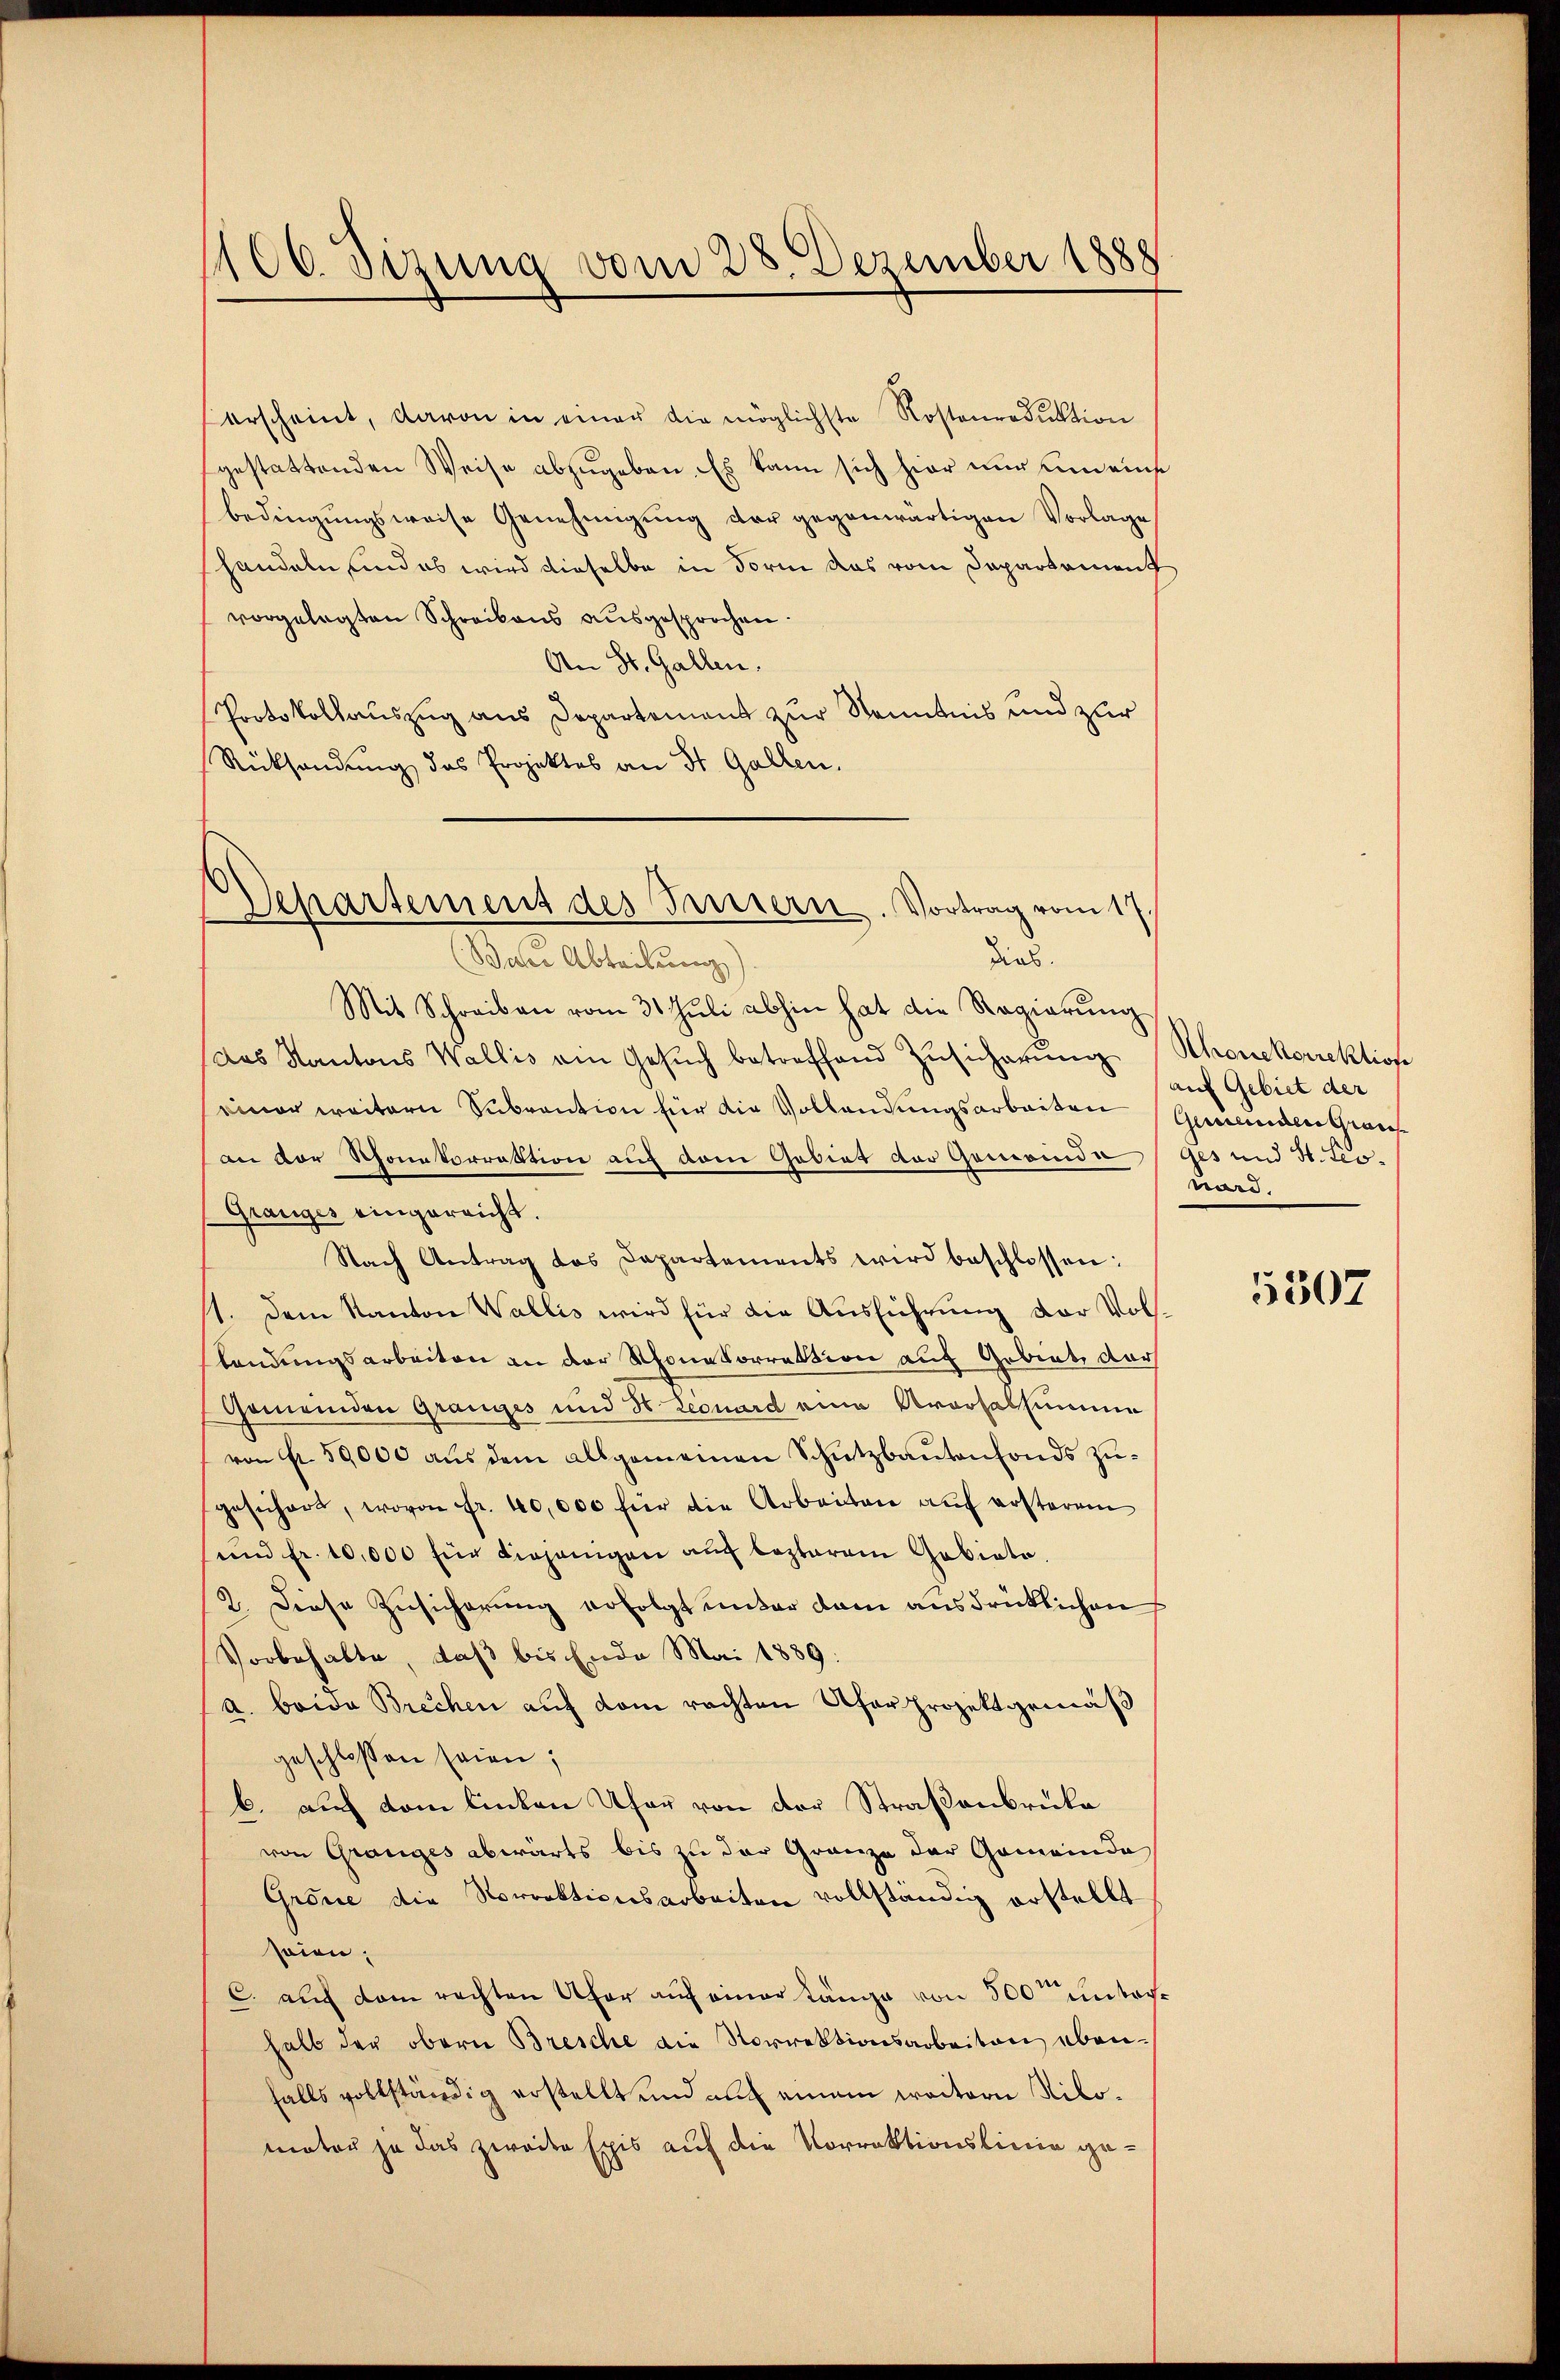
100. Sizung vom 28. Dezember 1888

erscheint, davon in einer die möglichste Rostenroduktion
gestattenden Weise abzugeben. Es kann sich hier nur und eins
bedingŭngsweise Genehmigŭng der gegenwärtigen Vorlage
handeln, und es wird dieselbe in Form das vom Departament
vorgelegten Schreibens ausgesprochen.
An St. Gallen.
Portokollauszug aus Departement zur Kenntnis und zur
Rücksendung das Projektes an St. Gallen.
Departement des Tausern. Vortrag vom 17.
Dias.
Baher Abteilung)

Mit Schreiben vom 31. Juli abhin hat die Regierung
das Kantons Wallis ein Gesŭch betreffend Zusicherung Schonkorrektion
einer weitern Subvention für die Vollendungsarbeiten Gemeindere Gries
an der Schonetorrektion auf dem Gebiet der Gemeindeges und St. Leo¬
Granges eingereicht.
Nach Antrag das Departements wird beschlossen:
/1. Dem Kanton Wallis wird für die Ausführung vor Vollendungsarbeiten an der Rhonetorrektion auf Gebiet, dar
Gemeinden Grauges und St. Leonard eine Aversalsumme
von fr. 50,000 aŭs dem allgemeinen Schutzbaŭtenfonds zŭ-
gesichert, wovon Fr. 40,000 für die Arbeiten auf ersterem
und fr. 10,000 für diejenigen auf lezterem Gebiete.
2. Diese Zusicherung erfolgt unter dem ausdrücklichen
Vorbehalte, daß bis Ende Mai 1889
a. beide Brechen auf dem rachten Ufer projektgemäß
geschlossen seien;
b. auch vom linken Ufer von der Straßenbrücke
von Granges abwärts bis zu der Gränze der Gemeinda
Grönie die Norrektionsarbeiten vollständig erstellt
seien;
c. auf dem rechten Ufer auf einer Länge von 500 unterhalb der obern Bresche die Norrektionsarbeiten ebenfalls vollständig erstellt und auf einem weitern Nikomator ja das zweite Exis auf die Vorrektionslinie ge¬

auf Gebiet der
ners.

5307